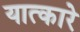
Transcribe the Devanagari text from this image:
यात्कारे